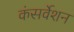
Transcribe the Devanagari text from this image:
कंसर्वेशन